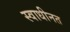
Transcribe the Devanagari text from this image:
स्वाधीनत